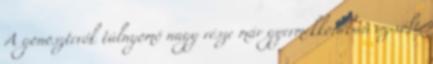
A gonosztevők túlnyomó nagy része már gyermekkorában az volt,